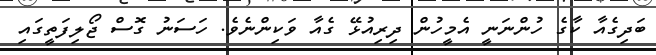
ބަދިގެއާ ކާގެ ހުންނަނީ އެމީހުން ދިރިއުޅޭ ގެއާ ވަކިންނެވެ. ހަސަނު ގޮސް ޖޯލިފަތީގައި